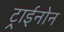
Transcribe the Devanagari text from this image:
ट्राईनोन